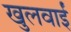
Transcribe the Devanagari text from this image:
खुलवाईं